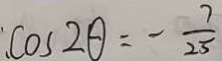
\cos 2 \theta = - \frac { 7 } { 2 5 }